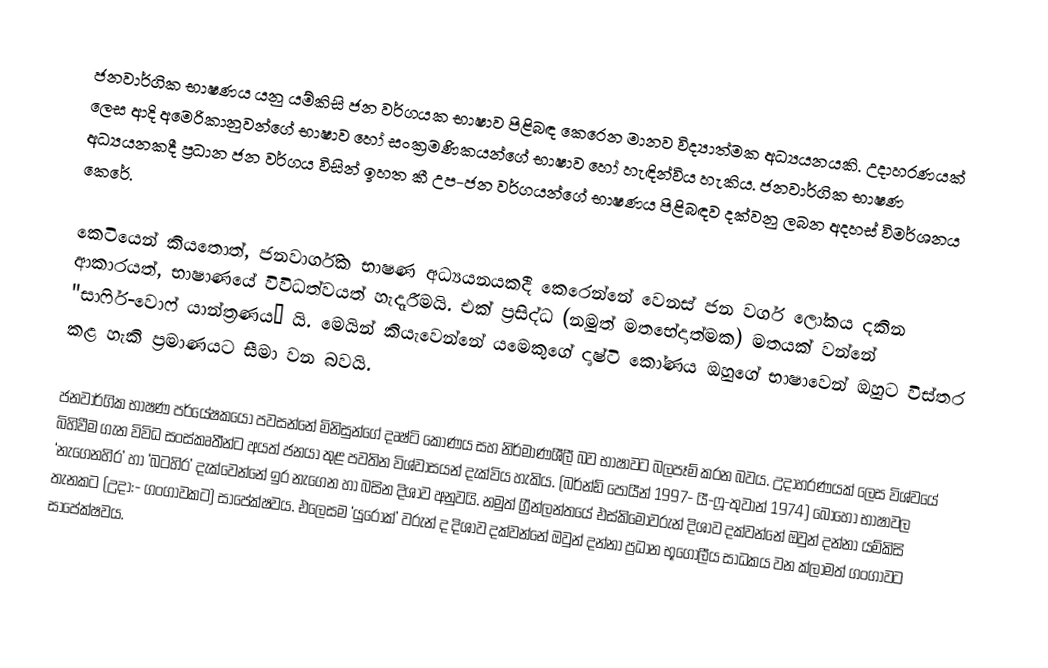
ජනවාර්ගික භාෂණය යනු යම්කිසි ජන වර්ගයක භාෂාව පිළිබඳ කෙරෙන මානව විද්‍යාත්මක අධ්‍යයනයකි. උදාහරණයක් ලෙස ආදි අමෙරිකානුවන්ගේ භාෂාව හෝ සංක්‍රමණිකයන්ගේ භාෂාව හෝ හැඳින්විය හැකිය. ජනවාර්ගික භාෂණ අධ්‍යයනකදී ප්‍රධාන ජන වර්ගය විසින් ඉහත කී උප-ජන වර්ගයන්ගේ භාෂණය පිළිබඳව දක්වනු ලබන අදහස් විමර්ශනය කෙරේ.

කෙටියෙන් කියතොත්, ජනවාර්ගික භාෂණ අධ්‍යයනයකදී කෙරෙන්නේ වෙනස් ජන වර්ග ලෝකය දකින ආකාරයත්, භාෂාණයේ විවිධත්වයත් හැදෑරීමයි. එක් ප්‍රසිද්ධ (නමුත් මතභේදාත්මක) මතයක් වන්නේ "සාෆිර්-වොෆ් යාන්ත්‍රණය” යි. මෙයින් කියැවෙන්නේ යමෙකුගේ දෘෂ්ටි කෝණය ඔහුගේ භාෂාවෙන් ඔහුට විස්තර කළ හැකි ප්‍රමාණයට සීමා වන බවයි.

ජනවාර්ගික භාෂණ පර්යේෂකයෝ පවසන්නේ මිනිසුන්ගේ දෘෂ්ටි කෝණය සහ නිර්මාණශීලී බව භාෂාවට බලපෑම් කරන බවය. උදාහරණයක් ලෙස විශ්වයේ බිහිවීම ගැන විවිධ සංස්කෘතීන්ට අයත් ජනයා තුළ පවතින විශ්වාසයන් දැක්විය හැකිය. (බර්න්ඩ් පොයීන් 1997- යී-ෆූ-තුවාන් 1974) බොහෝ භාෂාවල ‘නැගෙනහිර’ හා ‘බටහිර’ දැක්වෙන්නේ ඉර නැගෙන හා බසින දිශාව අනුවයි. නමුත් ග්‍රීන්ලන්තයේ එස්කිමෝවරුන් දිශාව දක්වන්නේ ඔවුන් දන්නා යම්කිසි තැනකට (උදා:- ගංගාවකට) සාපේක්ෂවය. එලෙසම ‘යුරෝක්’ වරුන් ද දිශාව දක්වන්නේ ඔවුන් දන්නා ප්‍රධාන භූගෝලීය සාධකය වන ක්ලාමත් ගංගාවට සාපේක්ෂවය.